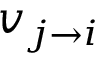
v _ { j \rightarrow i }